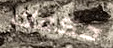
حكمك